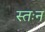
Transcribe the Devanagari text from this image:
स्तःन